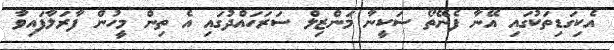
އެކިގަޑިތަކުގައި އޭނާ ފެނޭތޯ ސަކީނާ މަންޒިލް ސަރަހައްދުގައި އެ ތިން މީހުން ފާރަލާފައިވާ